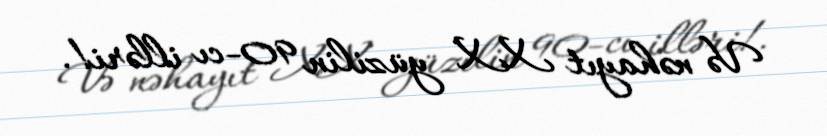
Və nəhayıt XX yüzilin 90-cı illəri!.